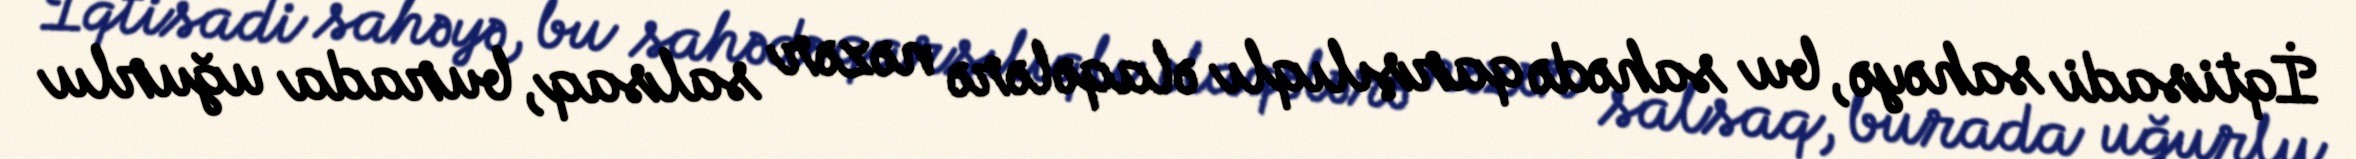
İqtisadi sahəyə, bu sahədə qarşılıqlı əlaqələrə nəzər salsaq, burada uğurlu